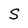
Character: S